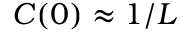
C ( 0 ) \approx 1 / L